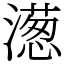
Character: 濍